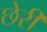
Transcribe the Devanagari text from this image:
छेरी